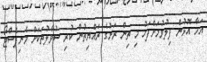
އަހާ އޮޅުން ފިލުވުމަށްފަހު މި ތިން ރަށުގެ ރައްޔިތުން ކުރި ސުވާލުތަކަށް މެނިފެސްޓޯ